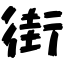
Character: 街